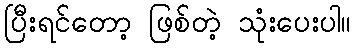
ပြီးရင်တော့ ဖြစ်တဲ့ သုံးပေးပါ။